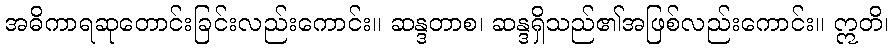
အဓိကာရဆုတောင်းခြင်းလည်းကောင်း။ ဆန္ဒတာစ၊ ဆန္ဒရှိသည်၏အဖြစ်လည်းကောင်း။ ဣတိ၊